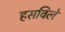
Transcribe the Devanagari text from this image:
हसविले